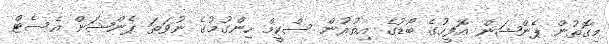
މިގޮތުން ޕެންޝަން އޮފީހުގެ ބޯޑުގެ އިތުރުން ސްކީމް ހިންގުމުގެ ނުވަތަ ޕެންޝަން އެސެޓް